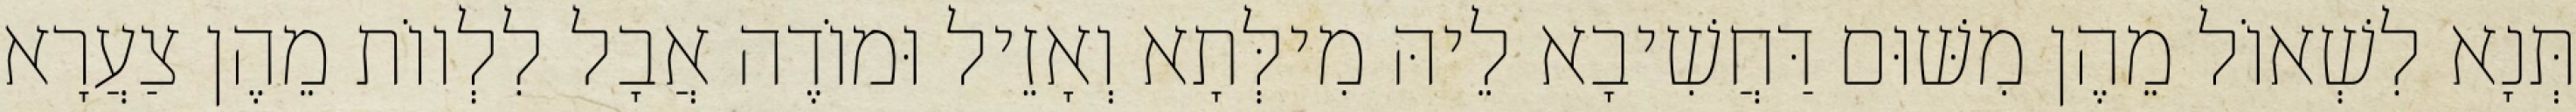
תְּנָא לִשְׁאוֹל מֵהֶן מִשּׁוּם דַּחֲשִׁיבָא לֵיהּ מִילְּתָא וְאָזֵיל וּמוֹדֶה אֲבָל לִלְווֹת מֵהֶן צַעֲרָא